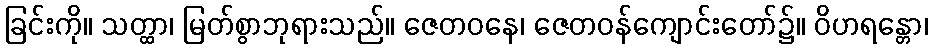
ခြင်းကို။ သတ္ထာ၊ မြတ်စွာဘုရားသည်။ ဇေတဝနေ၊ ဇေတဝန်ကျောင်းတော်၌။ ဝိဟရန္တော၊